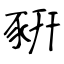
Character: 豣